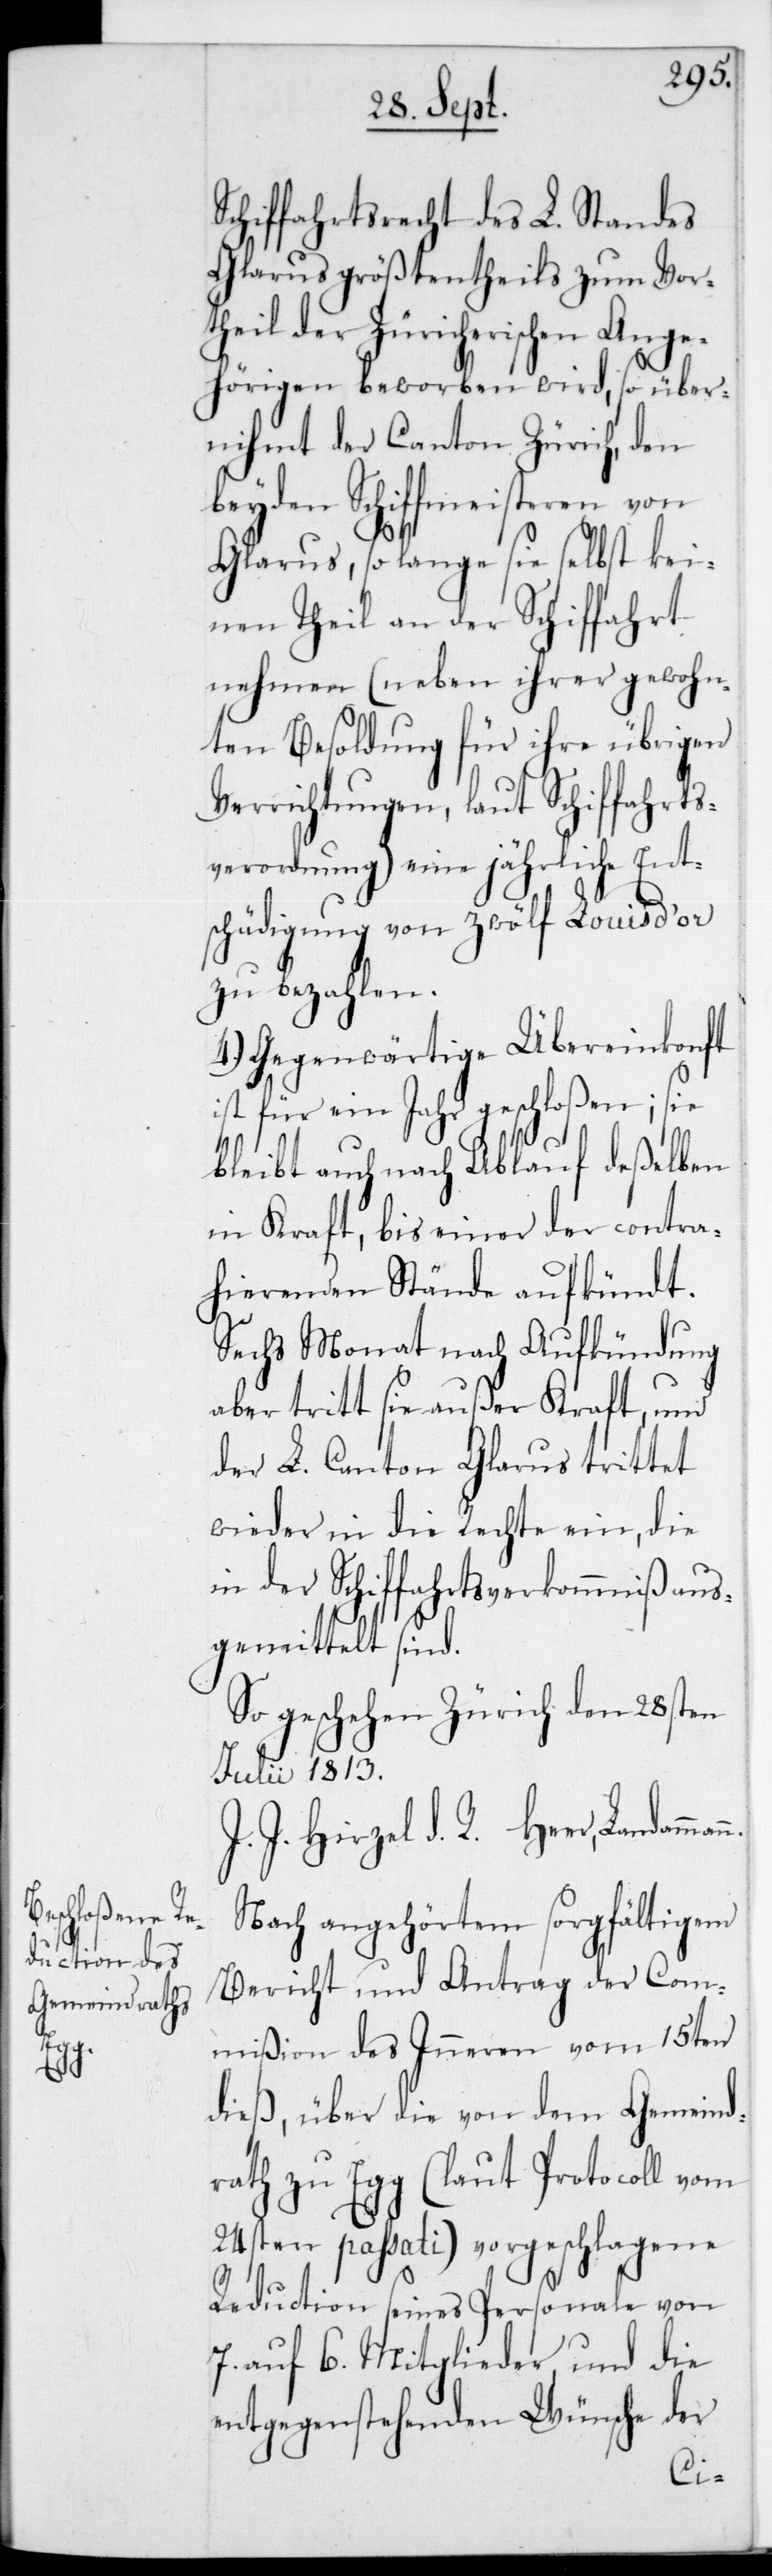
Schiffahrtsrecht des L. Standes
Glarus größtentheils zum Vor¬
theil der Züricherischen Ange¬
hörigen beworben wird, so über¬
nimmt der Canton Zürich den
beyden Schiffmeisteren
Glarus, so lange sie selbst kei¬
nen Theil an der Schiffahrt
nehmen (neben ihrer gewohn¬
ten Besoldung für ihre übrigen
Verrichtungen, laut Schiffahrts¬
verordnung) eine jährliche Ent¬
schädigung von zwölf Louis d’or
zu bezahlen.
4.) Gegenwärtige Übereinkonft
ist für ein Jahr geschloßen; sie
bleibt auch nach Ablauf deßelben
in Kraft, bis einer der contra¬
hierenden Stände aufkündt.
Sechs Monat nach Aufkündung
aber tritt sie außer Kraft, und
der L. Canton Glarus trittet
wieder in die Rechte ein, die
in der Schiffahrtsverkommniß aus¬
gemittelt sind.
So geschehen Zürich den 28sten
Julii 1813.
J. J. Hirzel d. R. Heer,
Nach angehörtem sorgfältigem
Bericht und Antrag der Com¬
mißion des Inneren vom 15ten
dieß, über die von dem Gemeind¬
rath zu Egg (laut Protocoll vom
24sten passati) vorgeschlagene
Reduction seines Personale von
7 auf 6 Mitglieder, und die
entgegenstehenden Wünsche der